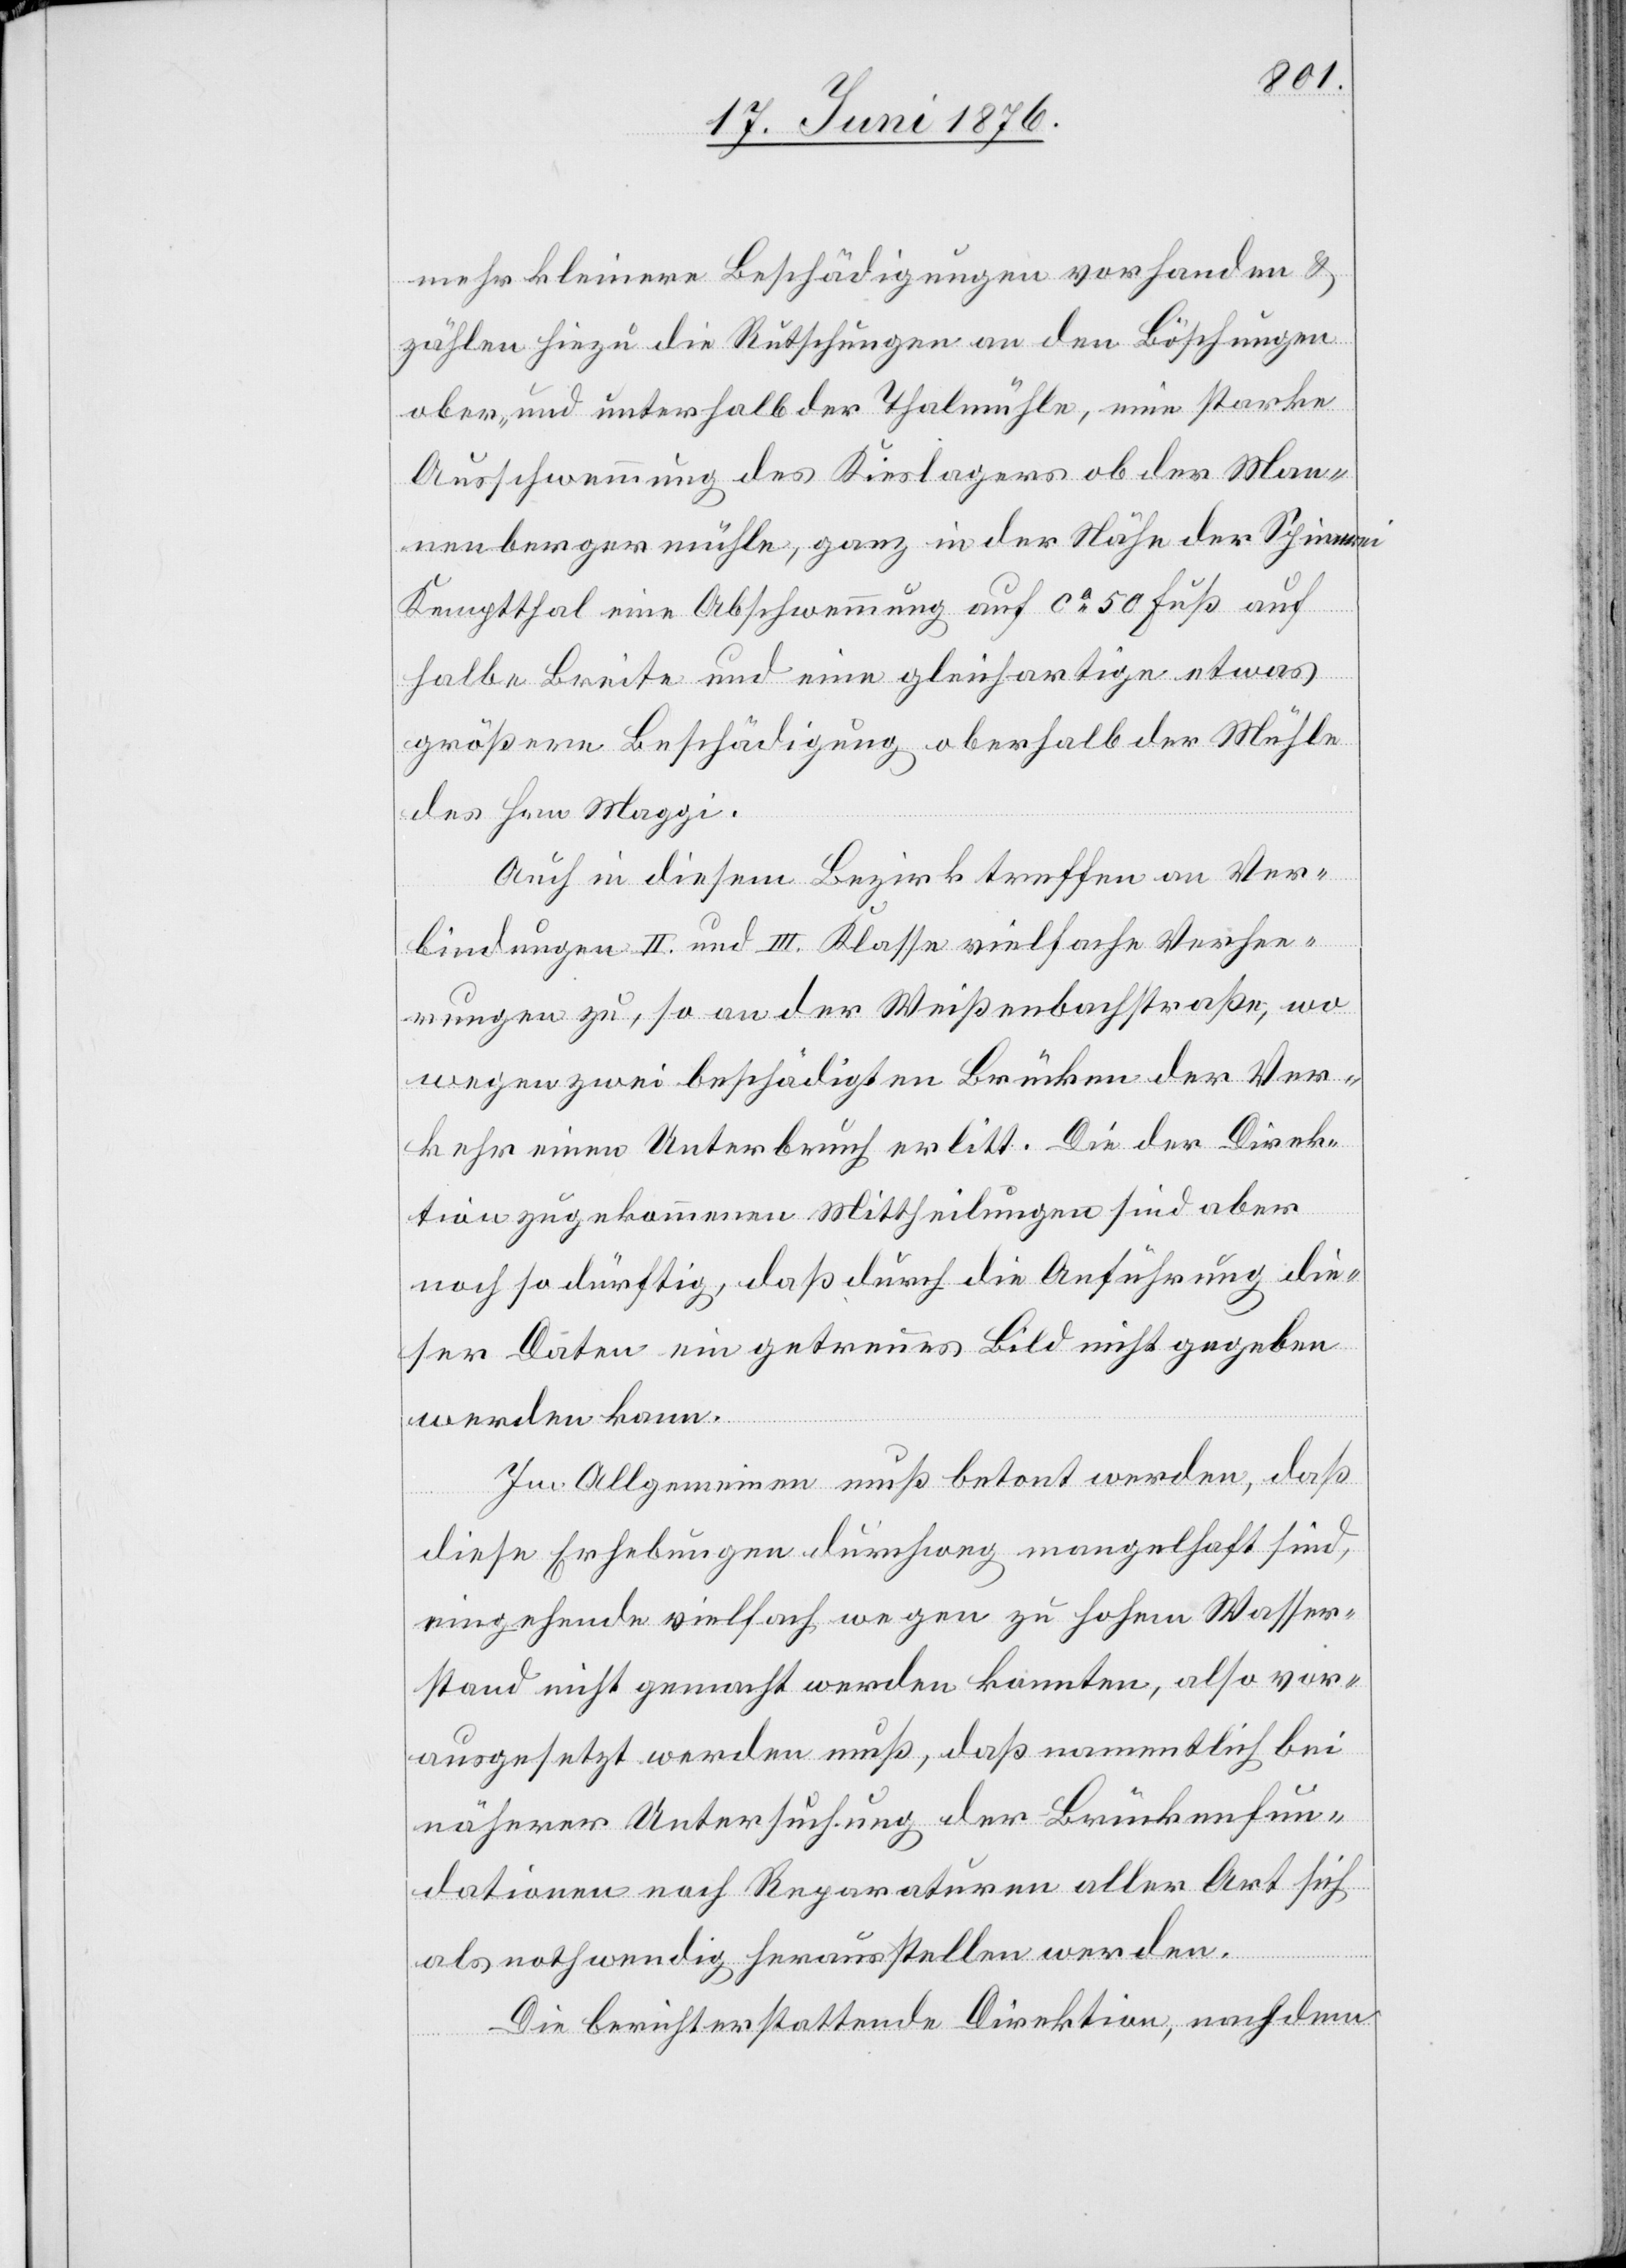
mehr kleinere Beschädigungen vorhanden &
zählen hiezu die Rutschungen an den Böschungen
ober- und unterhalb der Thalmühle, eine starke
Ausschwemmung des Kieslagers ob der Man¬
nenbergermühle, ganz in der Nähe der Spinnerei
Kemptthal eine Abschwemmung auf ca 50 Fuß auf
halbe Breite und eine gleichartige etwas
größere Beschädigung oberhalb der Mühle
des Hrn. Maggi.
Auch in diesem Bezirk treffen an Ver¬
bindungen II. und III. Klasse vielfache Verhee¬
rungen zu, so an der Weißenbachstraße, wo
wegen zwei beschädigten Brücken der Ver¬
kehr einen Unterbruch erlitt. Die der Direk¬
tion zugekommenen Mittheilungen sind aber
noch so dürftig, daß durch die Anführung die¬
ser Daten ein getreues Bild nicht gegeben
werden kann.
Im Allgemeinen muß betont werden, daß
diese Erhebungen durchweg mangelhaft sind,
eingehende vielfach wegen zu hohem Wasser¬
stand nicht gemacht werden konnten, also vor¬
ausgesetzt werden muß, daß namentlich bei
näherer Untersuchung der Brückenfun¬
dationen noch Reparaturen aller Art sich
als nothwendig herausstellen werden.
Die berichterstattende Direktion, nachdem